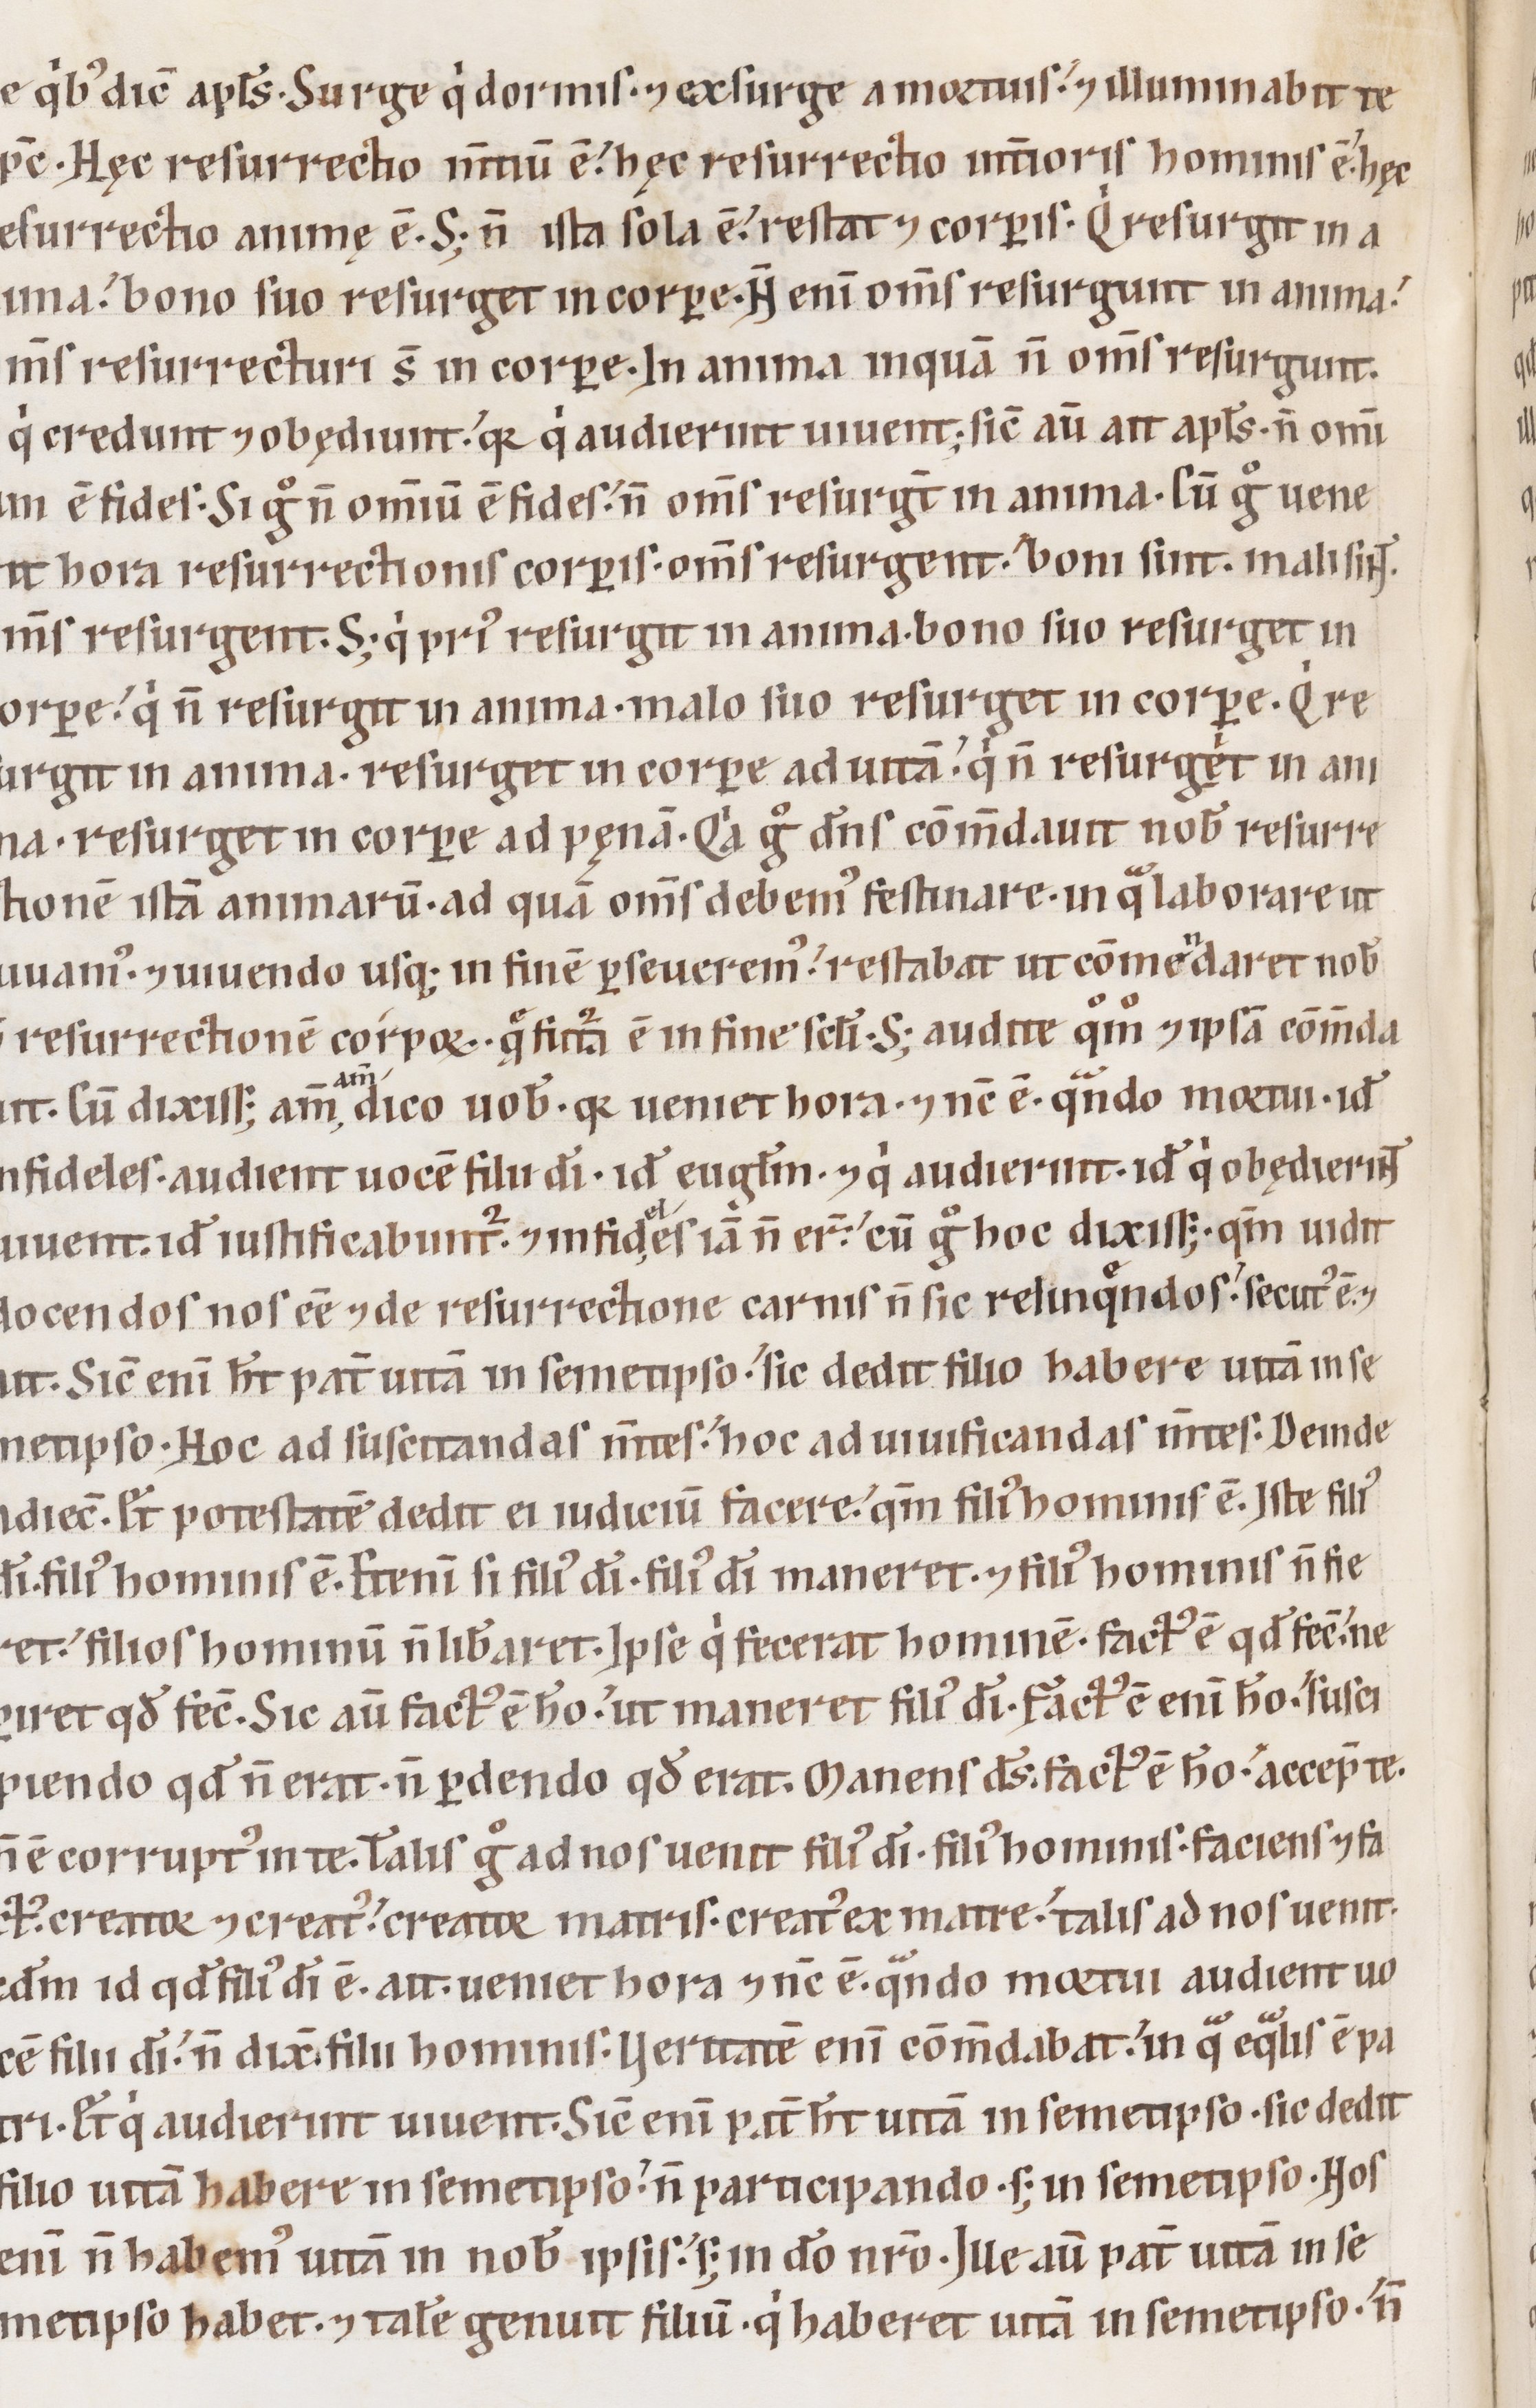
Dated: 1100–1199